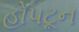
હોપટૂન